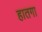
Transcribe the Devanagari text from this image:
हातगा